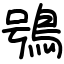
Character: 鴞